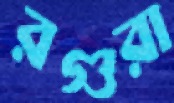
রগুরা